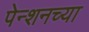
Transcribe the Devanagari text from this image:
पेन्शनच्या